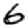
Digit: 6